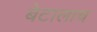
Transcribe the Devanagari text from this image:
बेटालाच